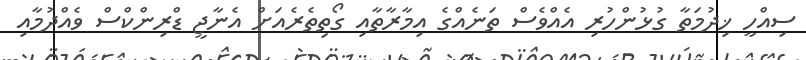
ސިއްހީ ޚިދުމަތާ ގުޅުންހުރި އެއްވެސް ތަނެއްގެ އިމާރާތާއި ގޯތިތެރެއަށް އެނާޖީ ޑްރިންކްސް ވެއްދުމާއި